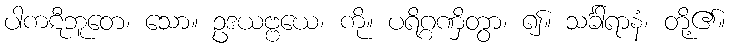
ပါကဋီဘူတေ၊ သော။ ဥဒယဗ္ဗယေ၊ ကို။ ပရိဂ္ဂဏှိတွာ၊ ၍။ သင်္ခါရာနံ၊ တို့၏။